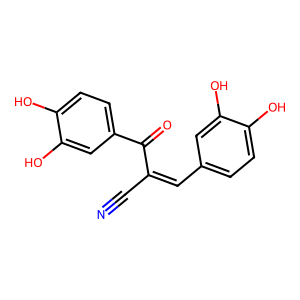
SMILES: N#CC(=Cc1ccc(O)c(O)c1)C(=O)c1ccc(O)c(O)c1
Inhibits HIV replication: No